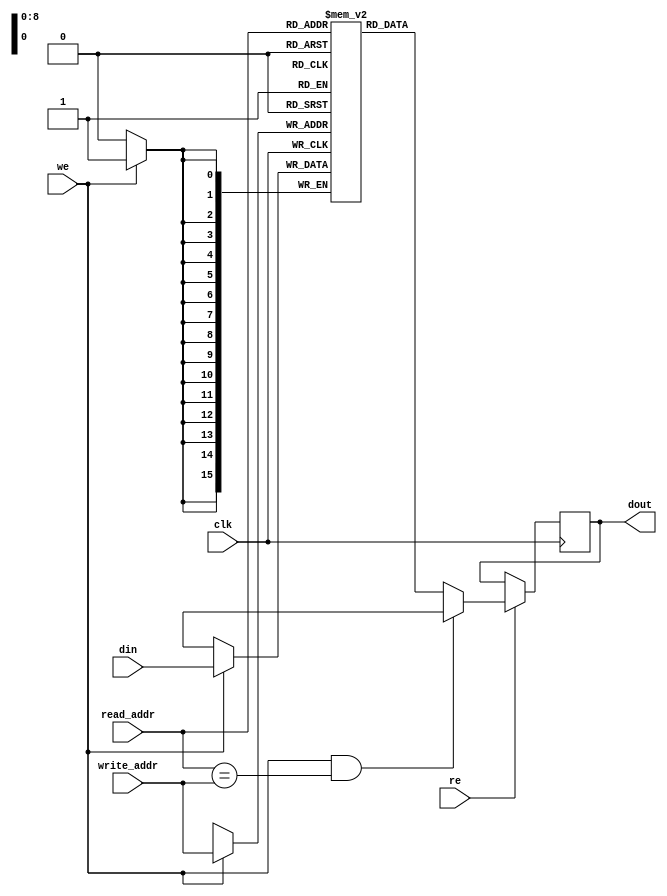
module ram_simple_dp_synch_undefined_collision_512x16_block (clk, we,re, read_addr, write_addr, din, dout);
    input clk, we, re;
    input [8:0] read_addr, write_addr;
    input [15:0] din;
    output reg [15:0] dout;
    
    (* ram_style = "block" *) 
    reg [15:0] ram [511:0];

    always @(posedge clk)
    begin
        if (we)
            ram[write_addr] <= din;
        if (re) begin
            dout <= ram[read_addr];
            if (we && read_addr == write_addr)
                dout <= 'bx;
        end
    end

endmodule